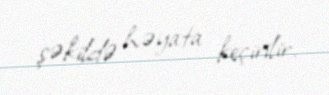
şəkildə həyata keçirilir.